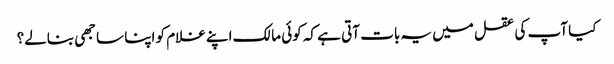
کیا آپ کی عقل میں یہ بات آتی ہے کہ کوئی مالک اپنے غلام کو اپنا ساجھی بنالے؟